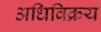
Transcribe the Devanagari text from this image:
अधिविक्रय